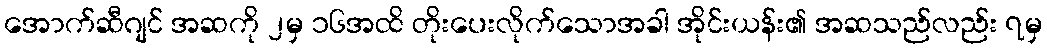
အောက်ဆီဂျင် အဆကို ၂မှ ၁၆အထိ တိုးပေးလိုက်သောအခါ အိုင်းယန်း၏ အဆသည်လည်း ၇မှ